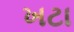
ખટા